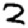
Digit: 2